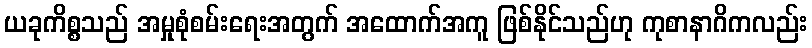
ယခုကိစ္စသည် အမှုစုံစမ်းရေးအတွက် အထောက်အကူ ဖြစ်နိုင်သည်ဟု ကုစာနာဂိကလည်း